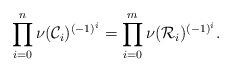
LaTeX: \begin{align*}\prod_{i=0}^{n}\nu(\mathcal{C}_i)^{(-1)^{i}} = \prod_{i=0}^{m}\nu(\mathcal{R}_i)^{(-1)^{i}}.\end{align*}